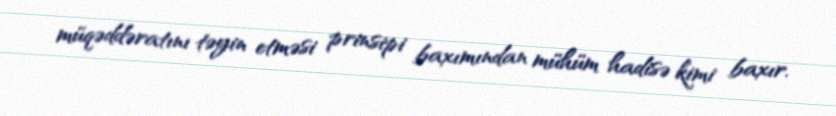
müqəddəratını təyin etməsi prinsipi baxımından mühüm hadisə kimi baxır.